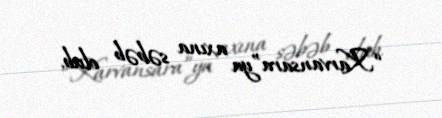
“Karvansara”ya axına səbəb olub.